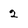
Character: 2